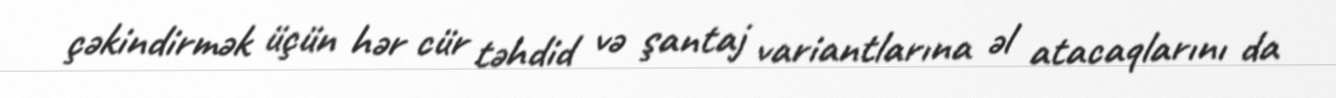
çəkindirmək üçün hər cür təhdid və şantaj variantlarına əl atacaqlarını da